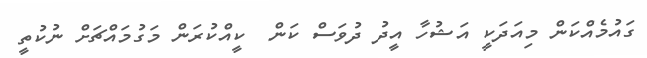
ގައުމެއްކަން މިއަދަކީ އަޝުހާ އީދު ދުވަސް ކަން  ކީއްކުރަން މަގުމައްޗަށް ނުކުތީ